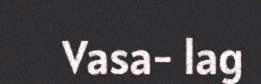
Vasa- lag